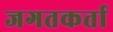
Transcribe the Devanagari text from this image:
जगतकर्ता